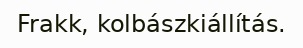
Frakk, kolbászkiállítás.